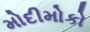
મોદીમોકો